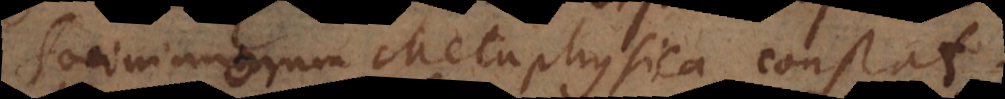
Socinianorum Metaphysica constat.